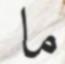
ما